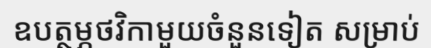
ឧបត្ថម្ភថវិកាមួយចំនួនទៀត សម្រាប់